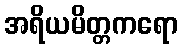
အရိယမိတ္တကရော